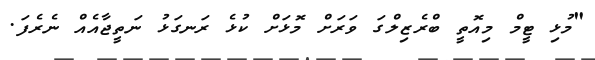
"މުޅި ޓީމް މިއޮތީ ބްރެޒިލްގަ ވަރަށް މޮޅަށް ކުޅެ ރަނގަޅު ނަތީޖާއެއް ނެރެފަ.